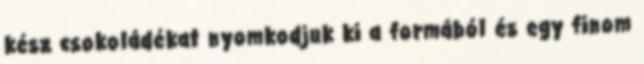
kész csokoládékat nyomkodjuk ki a formából és egy finom